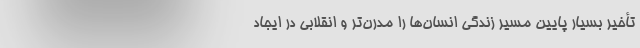
تأخیر بسیار پایین مسیر زندگی انسان‌ها را مدرن‌تر و انقلابی در ایجاد